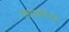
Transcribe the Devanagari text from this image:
मुसाशीमारू